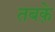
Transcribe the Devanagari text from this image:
तबके़